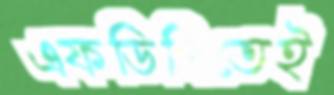
এফডিসিতেই